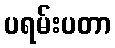
ပရမ်းပတာ